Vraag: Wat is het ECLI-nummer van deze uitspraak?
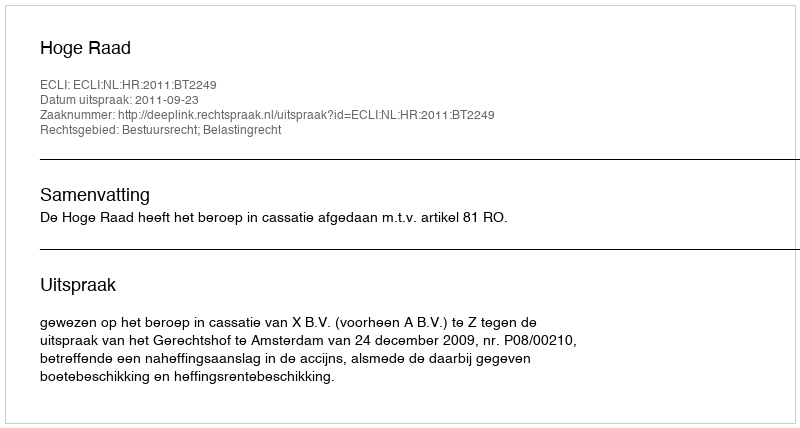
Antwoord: ECLI:NL:HR:2011:BT2249